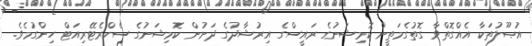
އުޞޫލުތަކާ އެއްގޮތްވާ ގޮތުގެމަތީން ކޮމިޝަނުގެ ރައީސްގެ އިރުޝާދުގެ ދަށުން ކޮމިޝަނުގެ ސެކްރެޓޭރިއަޓް ހިންގުމެވެ.